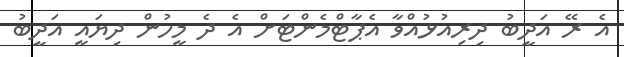
އެ ރޭ އަދީބު ދިރިއުޅުއްވާ އެޕާޓްމެންޓަށް އެ ދެ މީހުން ދިޔައީ އަދީބު